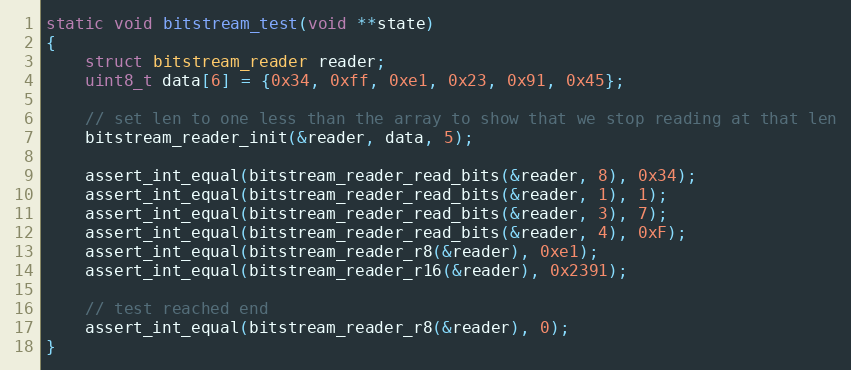
Language: C
static void bitstream_test(void **state)
{
	struct bitstream_reader reader;
	uint8_t data[6] = {0x34, 0xff, 0xe1, 0x23, 0x91, 0x45};

	// set len to one less than the array to show that we stop reading at that len
	bitstream_reader_init(&reader, data, 5);

	assert_int_equal(bitstream_reader_read_bits(&reader, 8), 0x34);
	assert_int_equal(bitstream_reader_read_bits(&reader, 1), 1);
	assert_int_equal(bitstream_reader_read_bits(&reader, 3), 7);
	assert_int_equal(bitstream_reader_read_bits(&reader, 4), 0xF);
	assert_int_equal(bitstream_reader_r8(&reader), 0xe1);
	assert_int_equal(bitstream_reader_r16(&reader), 0x2391);

	// test reached end
	assert_int_equal(bitstream_reader_r8(&reader), 0);
}